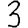
Digit: 3